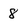
Character: 8